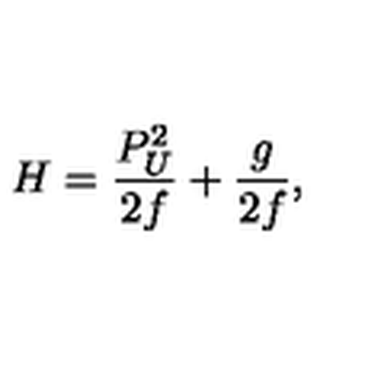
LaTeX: H = { \frac { P _ { U } ^ { 2 } } { 2 f } } + { \frac { g } { 2 f } } ,